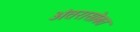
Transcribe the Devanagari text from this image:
अंतरासोबत